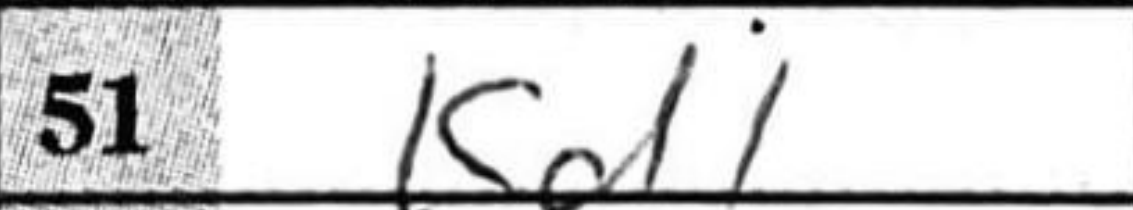
Transcription: Kd1